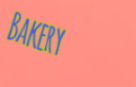
Bakery